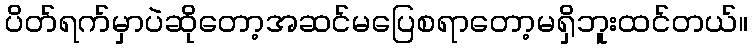
ပိတ်ရက်မှာပဲဆိုတော့အဆင်မပြေစရာတော့မရှိဘူးထင်တယ်။